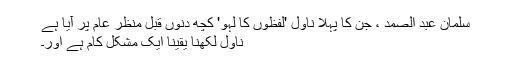
سلمان عبد الصمد ، جن کا پہلا ناول 'لفظوں کا لہو' کچھ دنوں قبل منظر عام پر آیا ہے
ناول لکھنا یقیناً ایک مشکل کام ہے اور۔